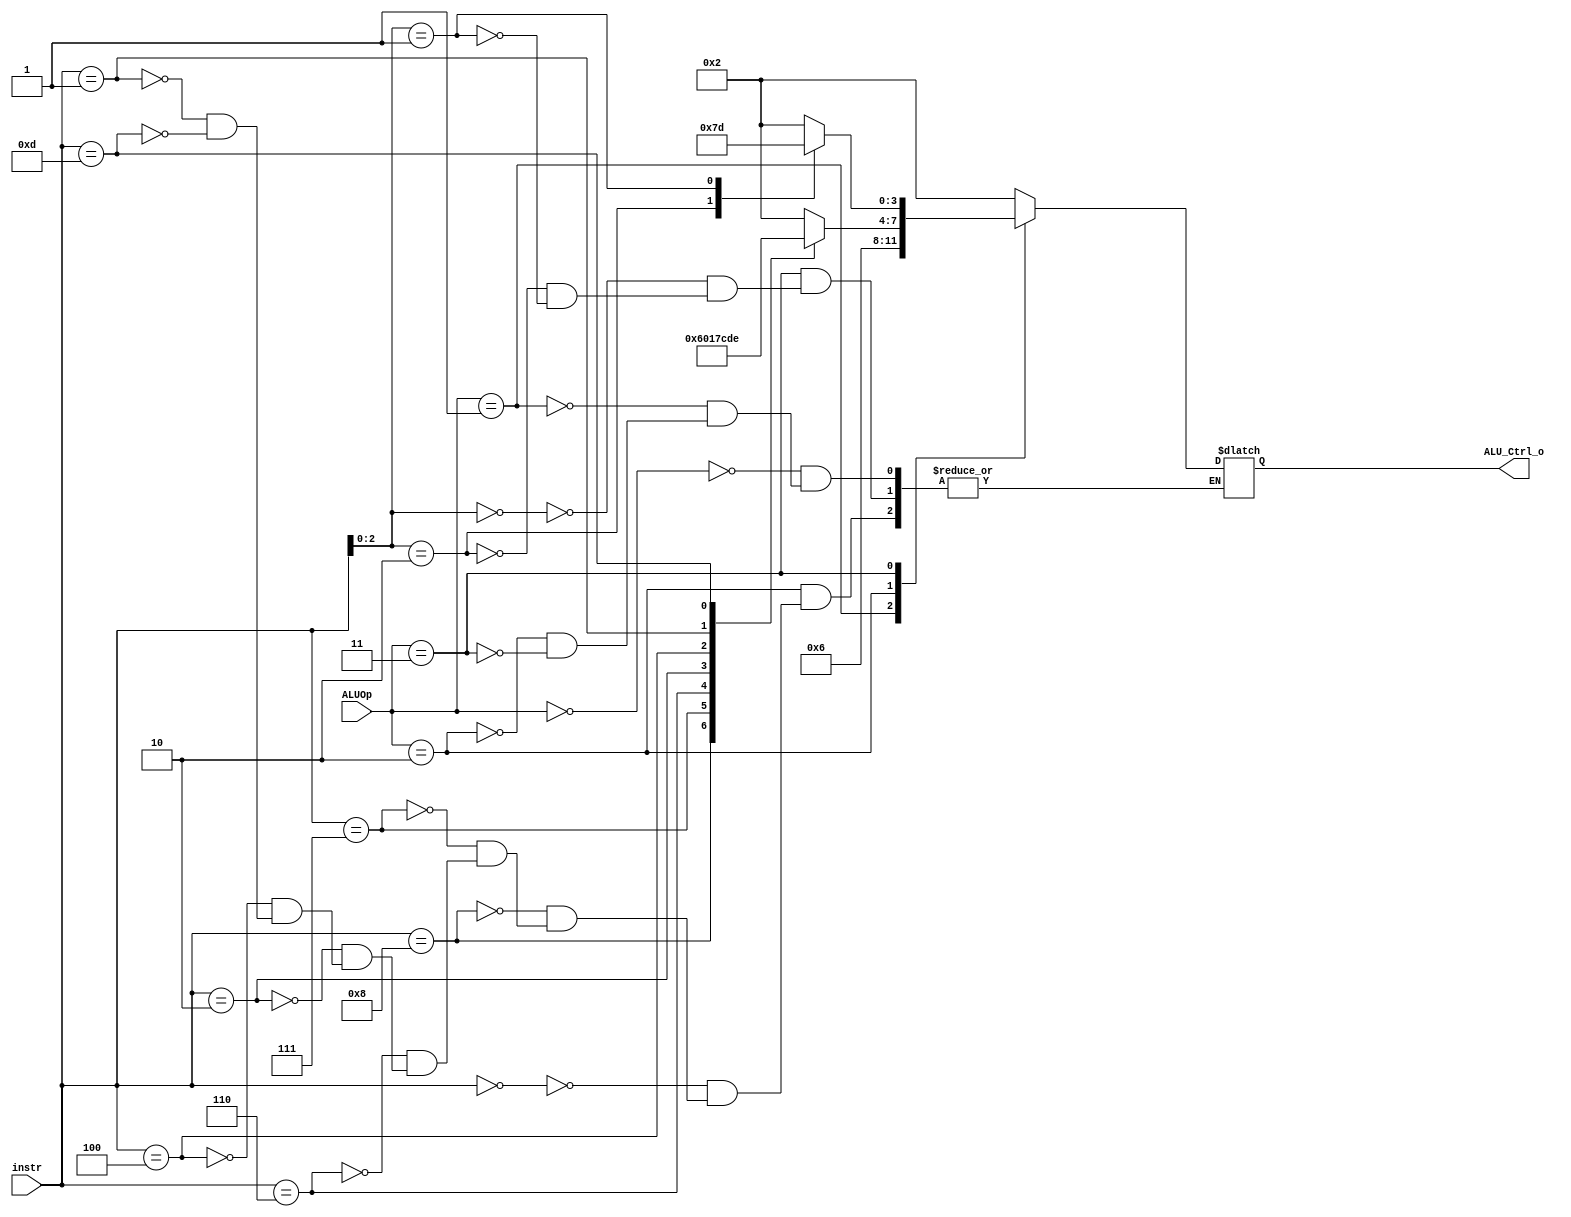
`timescale 1ns/1ps

module ALU_Ctrl(
    input       [4-1:0] instr,
    input       [2-1:0] ALUOp,
    output reg  [4-1:0] ALU_Ctrl_o
);
/* Write your code HERE */

always @(*) begin
    case(ALUOp)
        2'b00: ALU_Ctrl_o <= 4'b0010;
        2'b01: ALU_Ctrl_o <= 4'b0110;
        2'b10:
            begin
                case(instr) 
                    4'b0000: ALU_Ctrl_o <= 4'b0010; // add
                    4'b1000: ALU_Ctrl_o <= 4'b0110; // sub
                    4'b0111: ALU_Ctrl_o <= 4'b0000; // and
                    4'b0110: ALU_Ctrl_o <= 4'b0001; // or
                    4'b0010: ALU_Ctrl_o <= 4'b0111; // slt
                    4'b0100: ALU_Ctrl_o <= 4'b1100; // xor
                    4'b0001: ALU_Ctrl_o <= 4'b1101; // sll
                    4'b1101: ALU_Ctrl_o <= 4'b1110; // sra
                endcase
            end
        2'b11:
            begin
                case(instr[2:0])
                    3'b000: ALU_Ctrl_o <= 4'b0010; // addi
                    3'b010: ALU_Ctrl_o <= 4'b0111; // slti
                    3'b001: ALU_Ctrl_o <= 4'b1101; // slli
                endcase
            end 
    endcase
end

endmodule